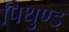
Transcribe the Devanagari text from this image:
पिथुण्ड